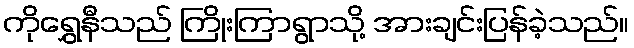
ကိုရွှေနီသည် ကြိုးကြာရွာသို့ အားချင်းပြန်ခဲ့သည်။